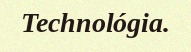
Technológia.